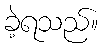
ခဲ့ရသည်။